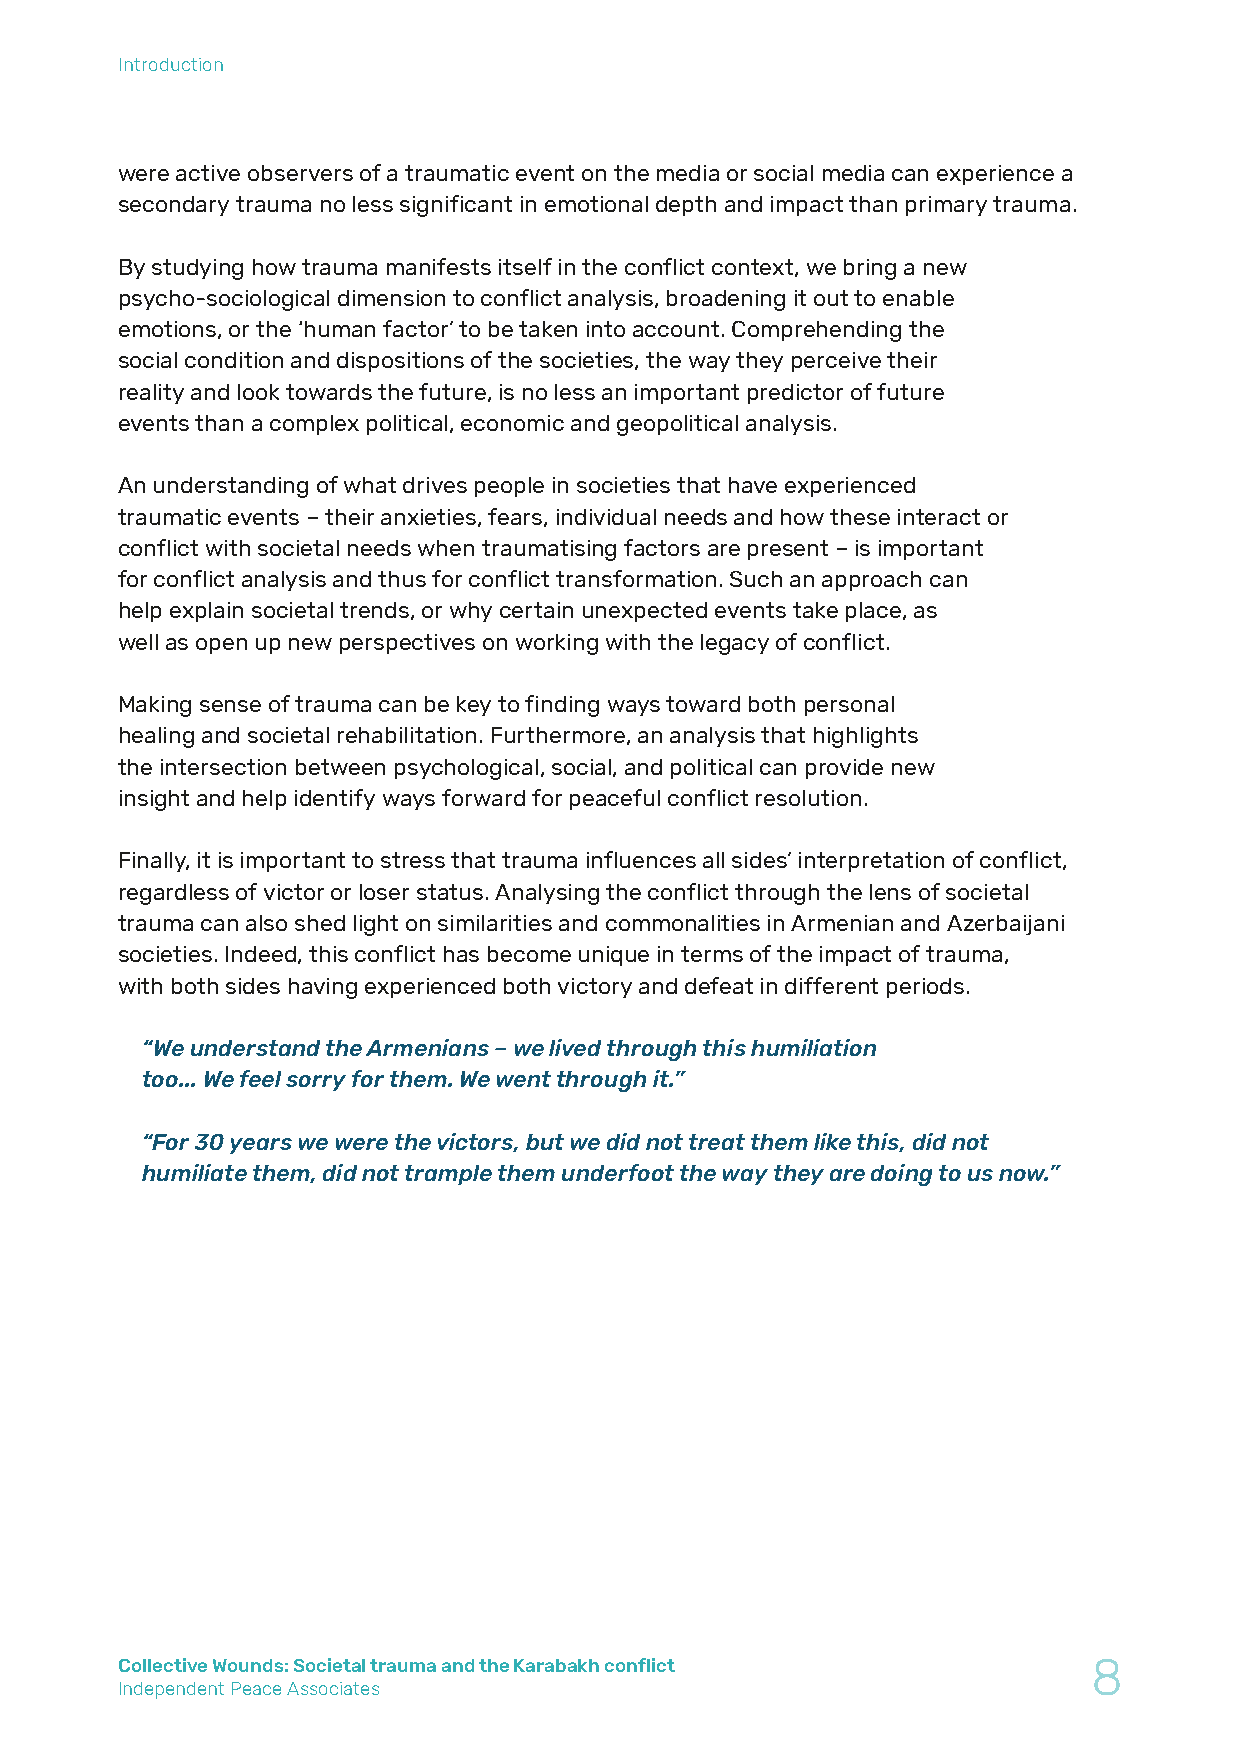
Introduction
 were active observers of a traumatic event on the media or social media can experience a
 secondary trauma no less significant in emotional depth and impact than primary trauma.
 By studying how trauma manifests itself in the conflict context, we bring a new
 psycho-sociological dimension to conflict analysis, broadening it out to enable
 emotions, or the ‘human factor’ to be taken into account. Comprehending the
 social condition and dispositions of the societies, the way they perceive their
 reality and look towards the future, is no less an important predictor of future
 events than a complex political, economic and geopolitical analysis.
 An understanding of what drives people in societies that have experienced
 traumatic events – their anxieties, fears, individual needs and how these interact or
 conflict with societal needs when traumatising factors are present – is important
 for conflict analysis and thus for conflict transformation. Such an approach can
 help explain societal trends, or why certain unexpected events take place, as
 well as open up new perspectives on working with the legacy of conflict.
 Making sense of trauma can be key to finding ways toward both personal
 healing and societal rehabilitation. Furthermore, an analysis that highlights
 the intersection between psychological, social, and political can provide new
 insight and help identify ways forward for peaceful conflict resolution.
 Finally, it is important to stress that trauma influences all sides’ interpretation of conflict,
 regardless of victor or loser status. Analysing the conflict through the lens of societal
 trauma can also shed light on similarities and commonalities in Armenian and Azerbaijani
 societies. Indeed, this conflict has become unique in terms of the impact of trauma,
 with both sides having experienced both victory and defeat in different periods.
 “We understand the Armenians – we lived through this humiliation
 too... We feel sorry for them. We went through it.”
 “For 30 years we were the victors, but we did not treat them like this, did not
 humiliate them, did not trample them underfoot the way they are doing to us now.”
 Collective Wounds: Societal trauma and the Karabakh conflict    8
 Independent Peace Associates